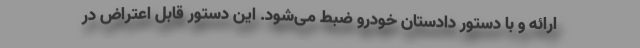
ارائه و با دستور دادستان خودرو ضبط می‌شود. این دستور قابل اعتراض در